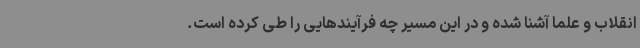
انقلاب و علما آشنا شده و در این مسیر چه فرآیندهایی را طی کرده ‌است.